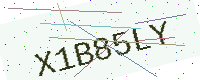
Text: X1B85LY